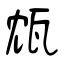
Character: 瓭